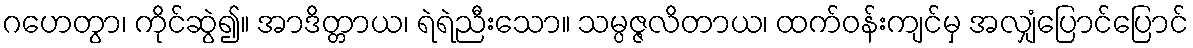
ဂဟေတွာ၊ ကိုင်ဆွဲ၍။ အာဒိတ္တာယ၊ ရဲရဲညီးသော။ သမ္ပဇ္ဇလိတာယ၊ ထက်ဝန်းကျင်မှ အလျှံပြောင်ပြောင်